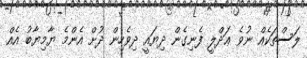
ލަސްތަކެއް ނުވެ ޢަދްލީ ފެނިގެން ދިޔައީ ދިވެހިން ދުށް އެންމެ ޔާމިޔާބު އެއް